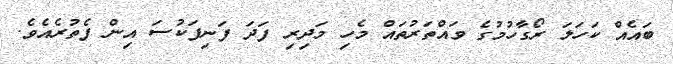
ބައެއް ކަހަލަ ރޯގާހުމުގެ ވައްތަރުތައް މެހި މަދިރި ފަދަ ފަނިފަކުސަ އިން ފެތުރެއެވެ.